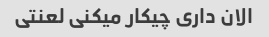
الان داری چیکار میکنی لعنتی